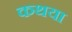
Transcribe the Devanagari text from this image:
कथया